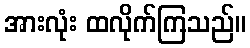
အားလုံး ထလိုက်ကြသည်။